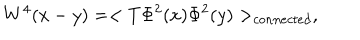
LaTeX: W ^ { 4 } ( x - y ) = < T \Phi ^ { 2 } ( x ) \Phi ^ { 2 } ( y ) > _ { c o n n e c t e d } ,